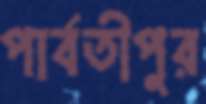
পার্বতীপুর